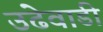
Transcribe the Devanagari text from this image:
उढेवाडी